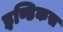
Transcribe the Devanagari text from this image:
इण्डिकस